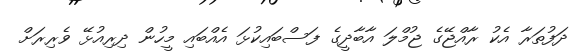
ދަފުތަރާ އެކު ރާއްޖޭގެ ޖުމްލަ އާބާދީގެ ފަސްބައިކުޅަ އެއްބައި މީހުން ދިރިއުޅޭ ވެރިރަށް